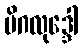
မိဂလုဒ္ဒေါ